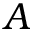
A